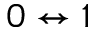
0 \leftrightarrow 1